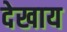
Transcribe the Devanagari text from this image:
देखाय